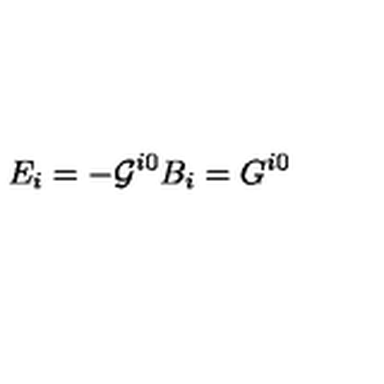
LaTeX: E _ { i } = - { \cal G } ^ { i 0 } B _ { i } = G ^ { i 0 }